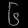
Digit: ၆